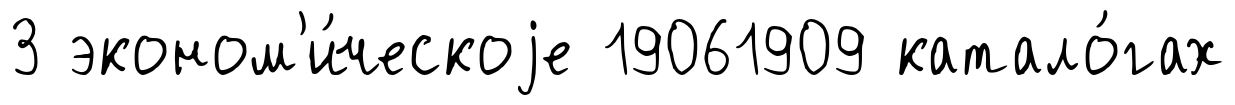
3 эконом'и́ческоjе 19061909 катало́гах